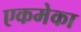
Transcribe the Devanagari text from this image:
एकमेका